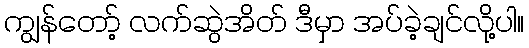
ကျွန်တော့် လက်ဆွဲအိတ် ဒီမှာ အပ်ခဲ့ချင်လို့ပါ။